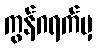
ကွန်ဂရက်မှ